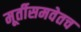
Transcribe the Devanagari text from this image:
मूर्तीसमवेतच